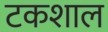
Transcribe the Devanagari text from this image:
टकशाल